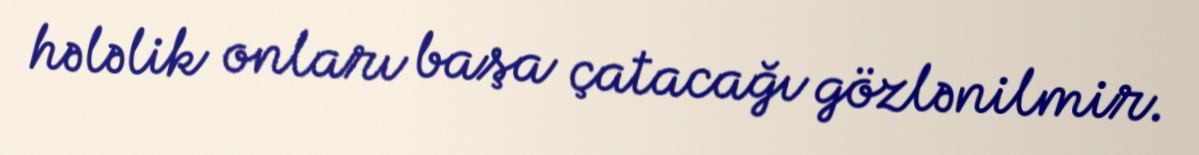
hələlik onları başa çatacağı gözlənilmir.